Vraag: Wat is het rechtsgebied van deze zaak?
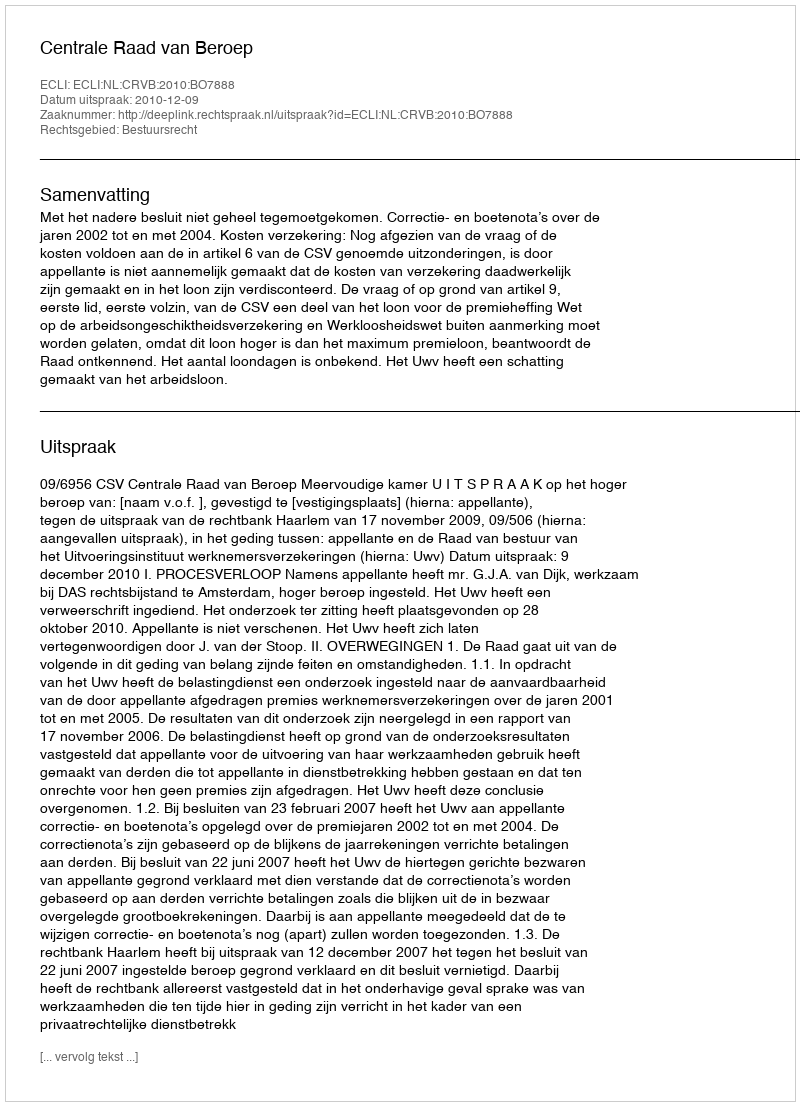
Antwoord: Bestuursrecht